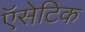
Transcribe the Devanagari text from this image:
ऍसेटिक